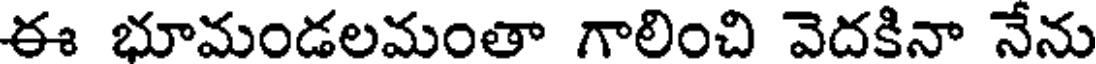
ఈ భూమండలమంతా గాలించి వెదకినా నేను